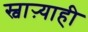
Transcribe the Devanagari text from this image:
स्वाऱ्याही